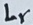
Text: Lr